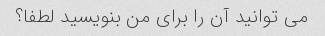
می توانید آن را برای من بنویسید لطفا؟